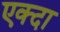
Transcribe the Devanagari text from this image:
एक्दा